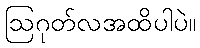
ဩဂုတ်လအထိပါပဲ။